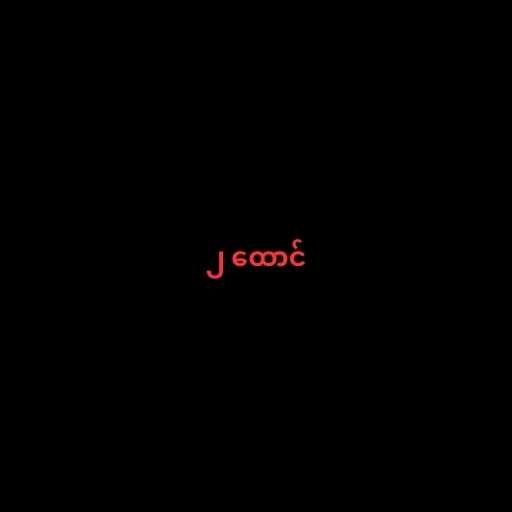
၂ ထောင်